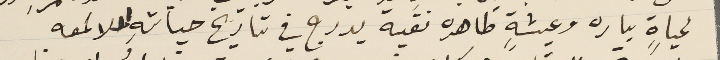
لحياةٍ باره وعيشةٍ طاهره نقية يدرج في تاريخ حياتهِ اللامعه